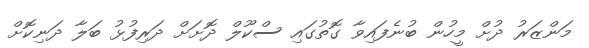
މަންޒަރު ދުށް މީހުން ބުނެފައިވާ ގޮތުގައި ސްކޫލް ދޮށަށް ދަރިފުޅު ބަލާ ދަނިކޮށް